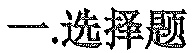
一.选择题